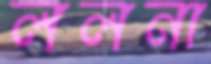
ললনা